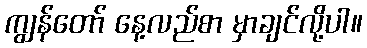
ကျွန်တော် နေ့လည်စာ မှာချင်လို့ပါ။